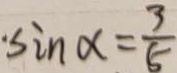
\cdot \sin \alpha = \frac { 3 } { 5 }